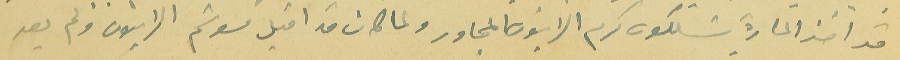
قد اخذ المارة يسلكون كرم الزيتون المجاور ولما كان قد اقبل موسَم الزيتون ولم يعد